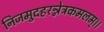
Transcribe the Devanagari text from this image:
निजमुदहरन्नेत्रकमलम्।।